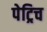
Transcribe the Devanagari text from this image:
पेट्रिच